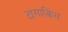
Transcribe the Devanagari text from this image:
टांगाकिंग